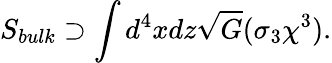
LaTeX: S_{bulk}\supset\int d^{4}xdz\sqrt{G}(\sigma_{3}\chi^{3}).